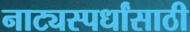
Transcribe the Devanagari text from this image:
नाट्यस्पर्धांसाठी